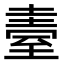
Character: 𦥂